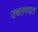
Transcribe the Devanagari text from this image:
उचलण्‍यात